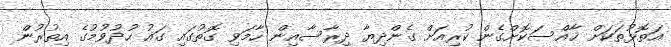
އަތޮޅުތަކަށް ޚާއްސަކޮށްގެން ކުރިއަށް ގެންދިޔާ ދިރާސާއިން ހާމަވި ގޮތުގައި ގައު ހުދުވުމުގެ އިތުރުން